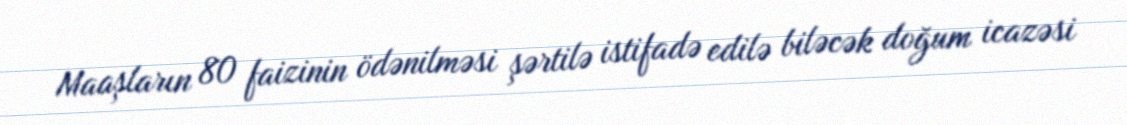
Maaşların 80 faizinin ödənilməsi şərtilə istifadə edilə biləcək doğum icazəsi